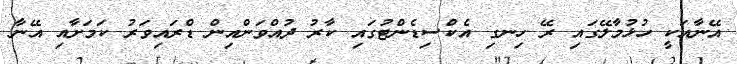
އޭނާއަކީ ހުޅުމާލޭގައި ރޭ ހިނގި އެކްސިޑެންޓުގައި ކާރު ދުއްވަންއިން ޑްރައިވަރު ކަމަށާއި އޭނާ